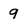
Character: 9